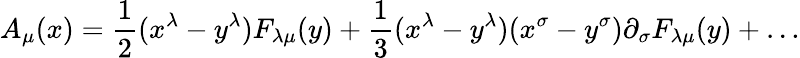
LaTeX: A_{\mu}(x)=\frac{1}{2}(x^{\lambda}-y^{\lambda})F_{\lambda\mu}(y)+\frac{1}{3}(x^{\lambda}-y^{\lambda})(x^{\sigma}-y^{\sigma})\partial_{\sigma}F_{\lambda\mu}(y)+\ldots